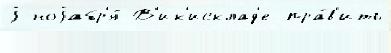
j ноjабр'я́ В'ик'исклад'е пра́в'ить